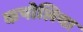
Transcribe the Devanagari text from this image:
कपोलिया